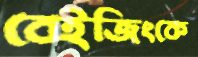
বেইজিংকে